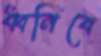
ধ্বনিবে